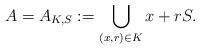
LaTeX: \begin{align*}A=A_{K,S}:=\bigcup_{(x,r)\in K}x+rS. \end{align*}